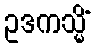
ဥဒကသ္မိံ